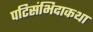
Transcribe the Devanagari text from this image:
पटिसंभिदाकथा